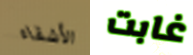
الأشقاء غابت